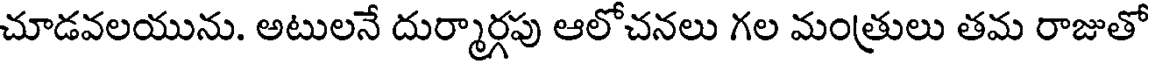
చూడవలయును. అటులనే దుర్మార్గపు ఆలోచనలు గల మంత్రులు తమ రాజుతో